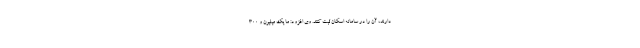
دارند، آن را در سامانه اسکان ثبت کنند. وی افزود: ما یک میلیون و ۳۰۰